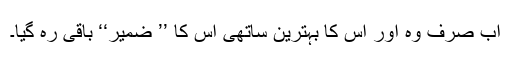
اب صرف وہ اور اس کا بہترین ساتھی اس کا ’’ ضمیر‘‘ باقی رہ گیا۔